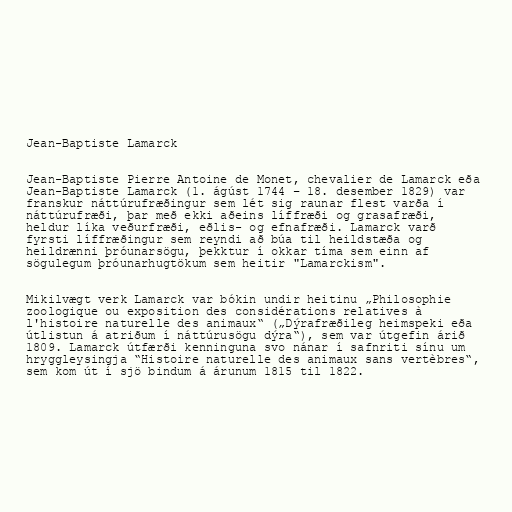
Jean-Baptiste Lamarck

Jean-Baptiste Pierre Antoine de Monet, chevalier de Lamarck eða
Jean-Baptiste Lamarck (1. ágúst 1744 – 18. desember 1829) var
franskur náttúrufræðingur sem lét sig raunar flest varða í
náttúrufræði, þar með ekki aðeins líffræði og grasafræði,
heldur líka veðurfræði, eðlis- og efnafræði. Lamarck varð
fyrsti líffræðingur sem reyndi að búa til heildstæða og
heildrænni þróunarsögu, þekktur í okkar tíma sem einn af
sögulegum þróunarhugtökum sem heitir "Lamarckism".

Mikilvægt verk Lamarck var bókin undir heitinu „Philosophie
zoologique ou exposition des considérations relatives à
l'histoire naturelle des animaux“ („Dýrafræðileg heimspeki eða
útlistun á atriðum í náttúrusögu dýra“), sem var útgefin árið
1809. Lamarck útfærði kenninguna svo nánar í safnriti sínu um
hryggleysingja “Histoire naturelle des animaux sans vertèbres“,
sem kom út í sjö bindum á árunum 1815 til 1822.